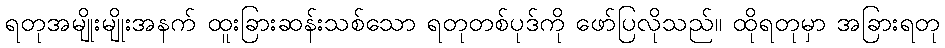
ရတုအမျိုးမျိုးအနက် ထူးခြားဆန်းသစ်သော ရတုတစ်ပုဒ်ကို ဖော်ပြလိုသည်။ ထိုရတုမှာ အခြားရတု